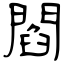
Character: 閻